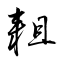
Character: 耝